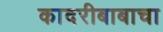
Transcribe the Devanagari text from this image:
कादरीबाबाचा